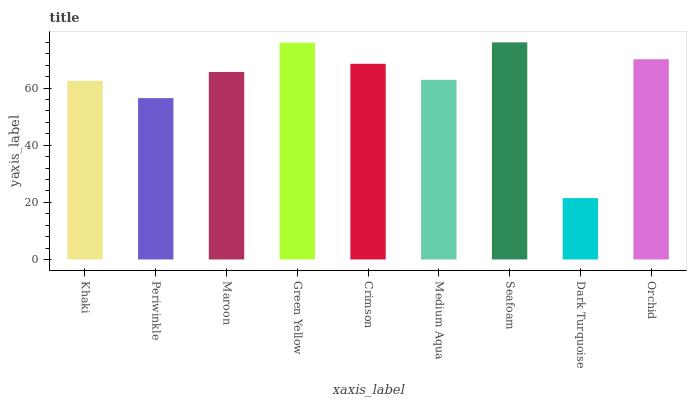
| xaxis_label | bars |
 | --- | --- |
 | Khaki | 62.5 |
 | Periwinkle | 56.5 |
 | Maroon | 65.6 |
 | Green Yellow | 75.9 |
 | Crimson | 68.5 |
 | Medium Aqua | 62.9 |
 | Seafoam | 76 |
 | Dark Turquoise | 21.5 |
 | Orchid | 70.1 |